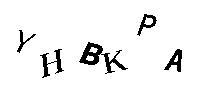
YHBKPA